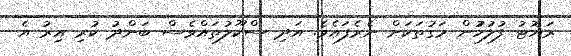
ރަޔޮޓު ފުލުހުުން މަގުތަކަށް ނެރެފައެވެ. އަދި ސްކޫލުތައްވެސް ބަންދު ކުރި އިރު އެ